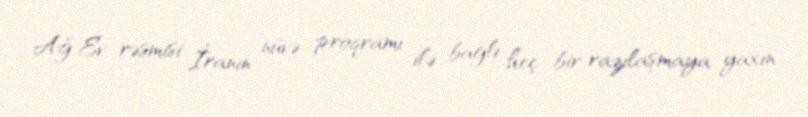
Ağ Ev rəsmisi İranın nüvə proqramı ilə bağlı heç bir razılaşmaya yaxın